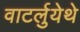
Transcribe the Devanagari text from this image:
वाटर्लुयेथे